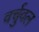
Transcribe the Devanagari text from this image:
वर्चुवल